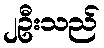
၂ဦးသည်